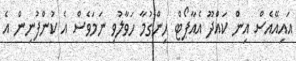
އައިއޭއެސް އިން ކައްދޫ އެއާޕޯޓް ހިންގުމާ ހަވާލުވި ނަމަވެސް އެ ކުންފުނިން އެ